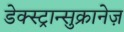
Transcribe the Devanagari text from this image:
डेक्स्ट्रान्सुक्रानेज़